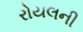
રોયલની